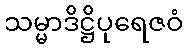
သမ္မာဒိဋ္ဌိပုရေဇဝံ